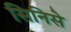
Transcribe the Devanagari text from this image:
सिनिसे